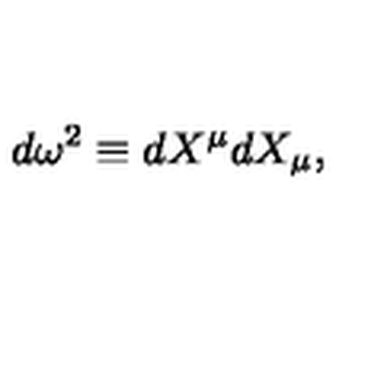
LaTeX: d \omega ^ { 2 } \equiv d X ^ { \mu } d X _ { \mu } ,